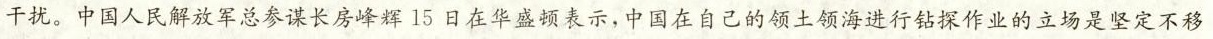
干扰。中国人民解放军总参谋长房峰辉15日在华盛顿表示，中国在自己的领土领海进行钻探作业的立场是坚定不移